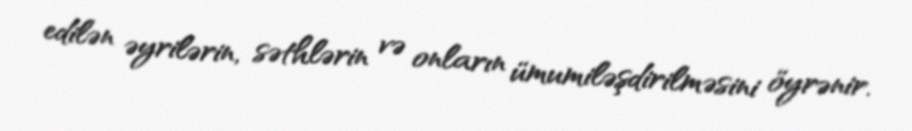
edilən əyrilərin, səthlərin və onların ümumiləşdirilməsini öyrənir.